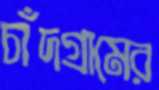
চাঁদগ্রামের